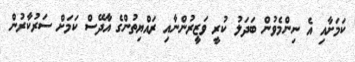
ކަމަށާއި އެ ނިންމެވުން ބަދަލު ކުރީ ވަޒީރުންނާއި ރައްޔިތުންގެ އާދޭސް ކަމަށް ސަރުކާރުން